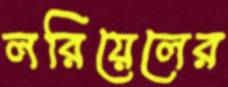
লরিয়েলের